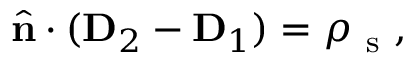
\hat { \mathbf { n } } \cdot ( \mathbf { D } _ { 2 } - \mathbf { D } _ { 1 } ) = \rho _ { \mathrm { ~ s ~ } } ,